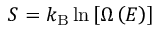
S = k _ { \mathrm { B } } \ln \left[ \Omega \left( E \right) \right]